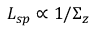
L _ { s p } \propto 1 / \Sigma _ { z }